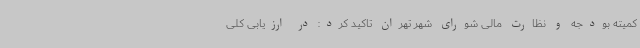
کمیته بودجه و نظارت مالی شورای شهر تهران تاکید کرد: در ارزیابی کلی